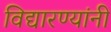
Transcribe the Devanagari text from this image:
विद्यारण्यांनी